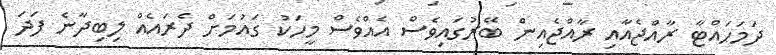
ދަމަހައްޓާ ރާއްޖެއާއި ރާއްޖެއިން ބޭރުގައިވެސް އެއްވެސް މީހަކު ގައުމަށް ދެރައެއް ލިބިދާނެ ފަދަ